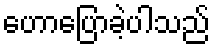
ဟောပြောခဲ့ပါသည်